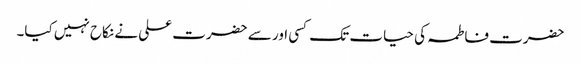
حضرت فاطمہ کی حیات تک کسی اور سے حضرت علی نے نکاح نہیں کیا۔